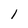
Character: l